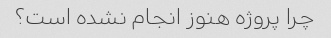
چرا پروژه هنوز انجام نشده است؟